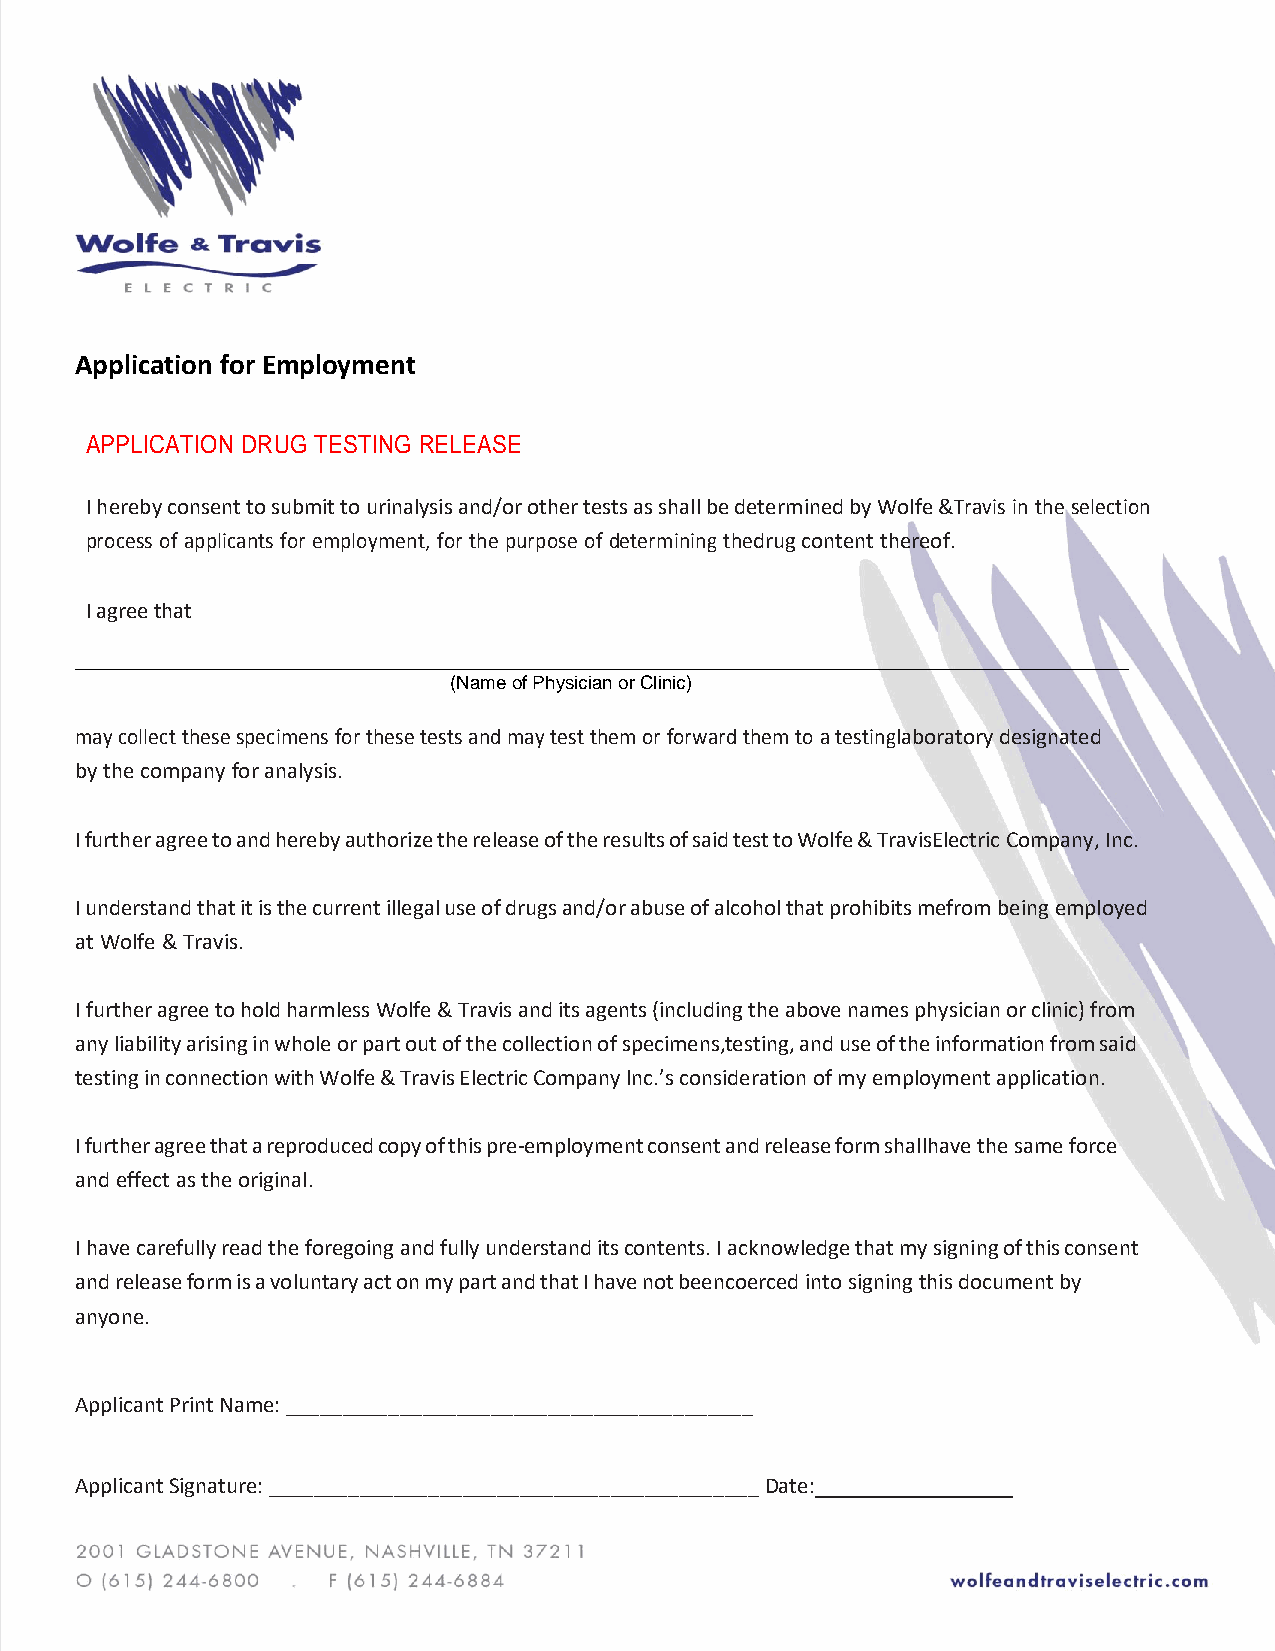
Application for Employment
 APPLICATION DRUG TESTING RELEASE
 I hereby consent to submit to urinalysis and/or other tests as shall be determined by Wolfe & Travis in the selection
 process of applicants for employment, for the purpose of determining the drug content thereof.
 I agree that
 ___________________________________________________________________________________________
 (Name of Physician or Clinic)
 may collect these specimens for these tests and may test them or forward them to a testing laboratory designated
 by the company for analysis.
 I further agree to and hereby authorize the release of the results of said test to Wolfe & Travis Electric Company, Inc.
 I understand that it is the current illegal use of drugs and/or abuse of alcohol that prohibits me from being employed
 at Wolfe & Travis.
 I further agree to hold harmless Wolfe & Travis and its agents (including the above names physician or clinic) from
 any liability arising in whole or part out of the collection of specimens, testing, and use of the information from said
 testing in connection with Wolfe & Travis Electric Company lnc.’s consideration of my employment application.
 I further agree that a reproduced copy of this pre-employment consent and release form shall have the same force
 and effect as the original.
 I have carefully read the foregoing and fully understand its contents. I acknowledge that my signing of this consent
 and release form is a voluntary act on my part and that I have not been coerced into signing this document by
 anyone.
 Applicant Print Name: _________________________________________
 Applicant Signature: ___________________________________________ Date: